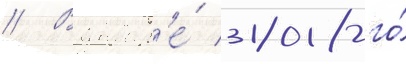
// В январ'е́ 2018-го́